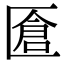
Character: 𠥐